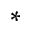
^ \ast